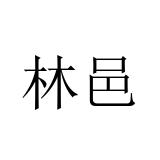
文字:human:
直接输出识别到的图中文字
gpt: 林邑